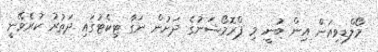
މޯލްޑިވިއަން އިން ބުނީ މި ޕްރޮމޯޝަނުގެ ދަށުން ނަގާ ޓިކެޓުގައި ދަތުރު ކުރެވޭނީ